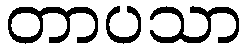
တာပသာ